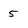
Character: 5